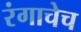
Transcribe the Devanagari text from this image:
रंगाचेच